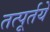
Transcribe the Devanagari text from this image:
तत्पूर्तये